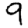
Digit: 9